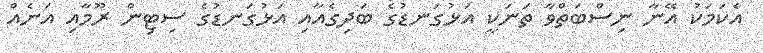
އެކަމަކު އޭނާ ނިސްބަތްވާ ތަނަކީ އަޅުގަނޑުގެ ބަދިގެއާއި އަޅުގަނޑުގެ ސިޓިން ރޫމާއި އަނެއް